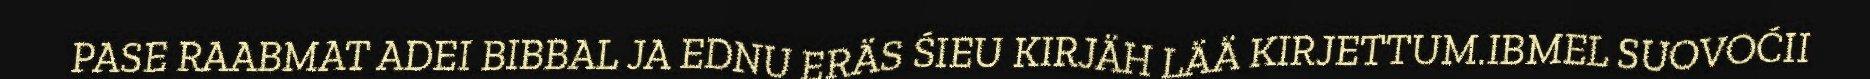
PASE RAABMAT ADEI BIBBAL JA EDNU ERÄS ŚIEU KIRJÄH LÄÄ KIRJETTUM.IBMEL SUOVOĆII